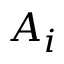
A _ { i }